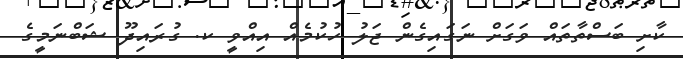
ކާށި ބަސްތާތައް ވަަގަށް ނަގައިގެން ޖަލު ހުކުމެއް އިއްވީ ކ. ގުރައިދޫ ޝަބްނަމީގެ